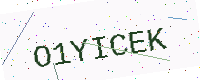
Text: O1YICEK